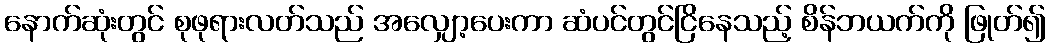
နောက်ဆုံးတွင် စုဖုရားလတ်သည် အလျှော့ပေးကာ ဆံပင်တွင်ငြိနေသည့် စိန်ဘယက်ကို ဖြုတ်၍